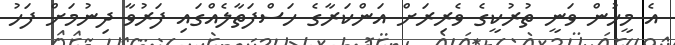
އެ މީހުން ވަނީ ތުރުކީގެ ވެރިރަށް އަންކަރާގެ ހަސްފަތާލެއްގައި ފަރުވާ ދިނުމަށް ފަހު